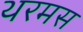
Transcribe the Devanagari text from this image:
थरमस